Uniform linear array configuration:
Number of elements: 4
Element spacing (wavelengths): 1
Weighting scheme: hamming
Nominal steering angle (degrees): -15
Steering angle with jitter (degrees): -16.289
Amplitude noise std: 0.05
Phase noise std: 0.05

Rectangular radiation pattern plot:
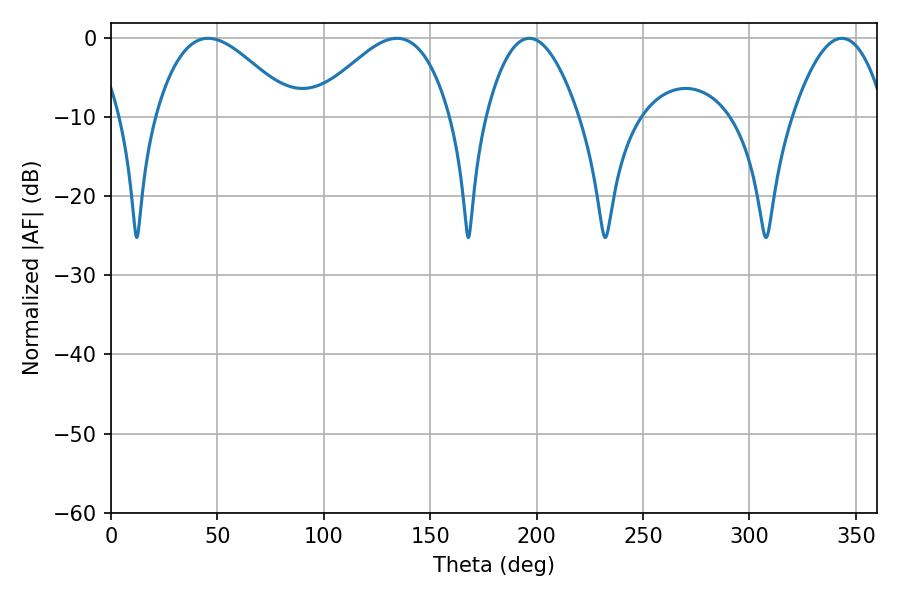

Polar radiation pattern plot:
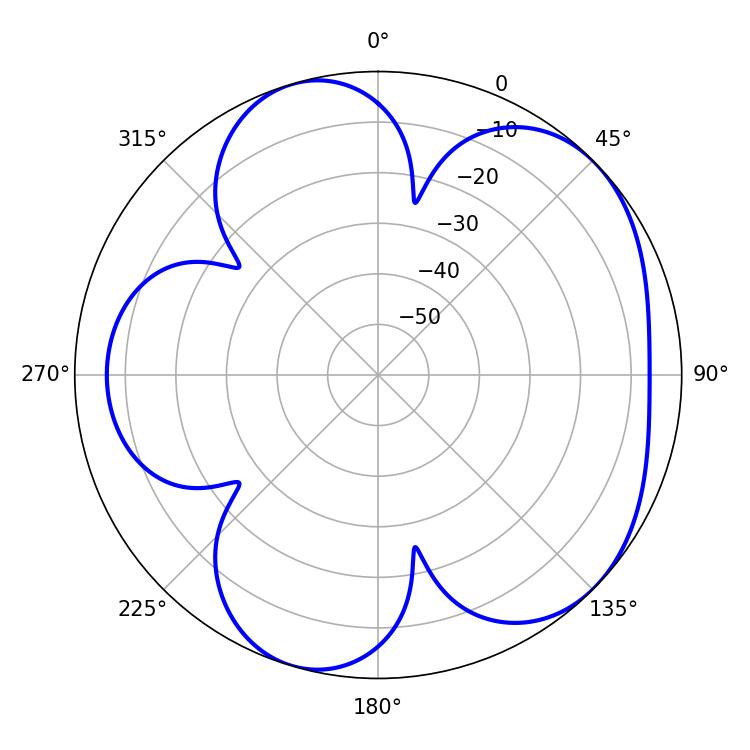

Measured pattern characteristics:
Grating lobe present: TRUE
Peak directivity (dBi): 5.184
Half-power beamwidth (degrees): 23.94
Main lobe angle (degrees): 196.56